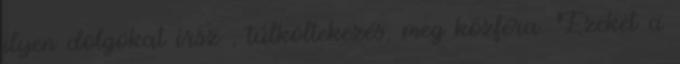
ilyen dolgokat írsz , túlköltekezés, meg közféra. Ezeket a